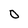
Character: 0